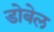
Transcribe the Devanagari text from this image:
डोबेल